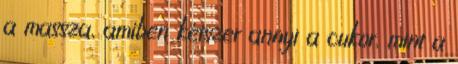
a massza, amiben kétszer annyi a cukor, mint a